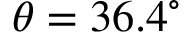
\theta = 3 6 . 4 ^ { \circ }